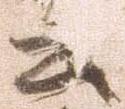
去